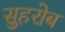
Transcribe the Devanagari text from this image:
सुहरोब